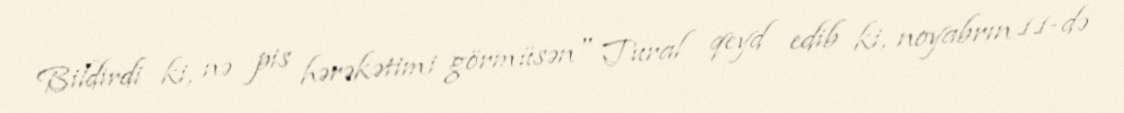
Bildirdi ki, nə pis hərəkətimi görmüsən" Tural qeyd edib ki, noyabrın 11-də